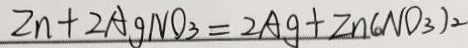
2 n + 2 A g N O _ { 3 } = 2 A g + Z n ( 。 N O _ { 3 } ) _ { 2 }